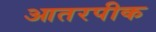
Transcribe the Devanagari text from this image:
आतरपीक